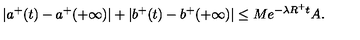
| a ^ { + } ( t ) - a ^ { + } ( + \infty ) | + | b ^ { + } ( t ) - b ^ { + } ( + \infty ) | \leq M e ^ { - \lambda R ^ { + } t } A .